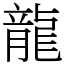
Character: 龍